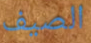
الصيف